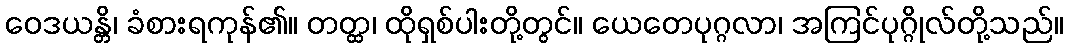
ဝေဒယန္တိ၊ ခံစားရကုန်၏။ တတ္ထ၊ ထိုရှစ်ပါးတို့တွင်။ ယေတေပုဂ္ဂလာ၊ အကြင်ပုဂ္ဂိုလ်တို့သည်။